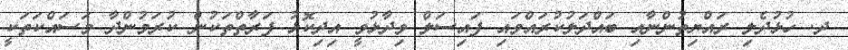
ދ. ހުޅުދެލި ރައްޔިތުންނާއި ބައްދަލުކުރައްވައި ފައިސަލް ވިދާޅުވީ އިދިކޮޅު ފަރާތްތަކުން ކުރަމުންދާ މަސައްކަތަކީ